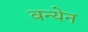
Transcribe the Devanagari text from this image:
वन्येन